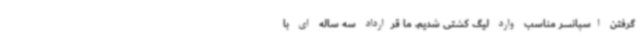
گرفتن اسپانسر مناسب وارد لیگ کشتی شدیم. ما قرارداد سه ساله ای با